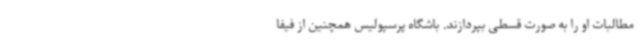
مطالبات او را به صورت قسطی بپردازند. باشگاه پرسپولیس همچنین از فیفا